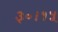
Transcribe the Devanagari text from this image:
३०।१५